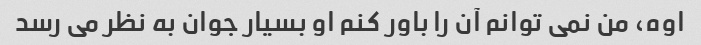
اوه، من نمی توانم آن را باور کنم او بسیار جوان به نظر می رسد